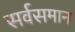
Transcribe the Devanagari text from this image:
सर्वसमान